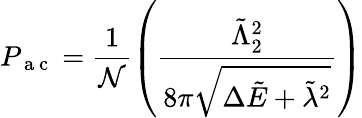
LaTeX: P_{\mathrm{~a~c~}}=\frac{1}{\mathcal{N}}\left(\frac{\tilde{\Lambda}_{2}^{2}}{8\pi\sqrt{\Delta\tilde{E}+\tilde{\lambda}^{2}}}\right)